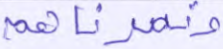
ونصرناهم